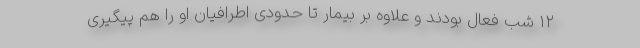
۱۲ شب فعال بودند و علاوه بر بیمار تا حدودی اطرافیان او را هم پیگیری